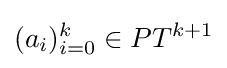
(a_{i})_{i=0}^{k}\in PT^{k+1}